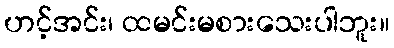
ဟင့်အင်း၊ ထမင်းမစားသေးပါဘူး။